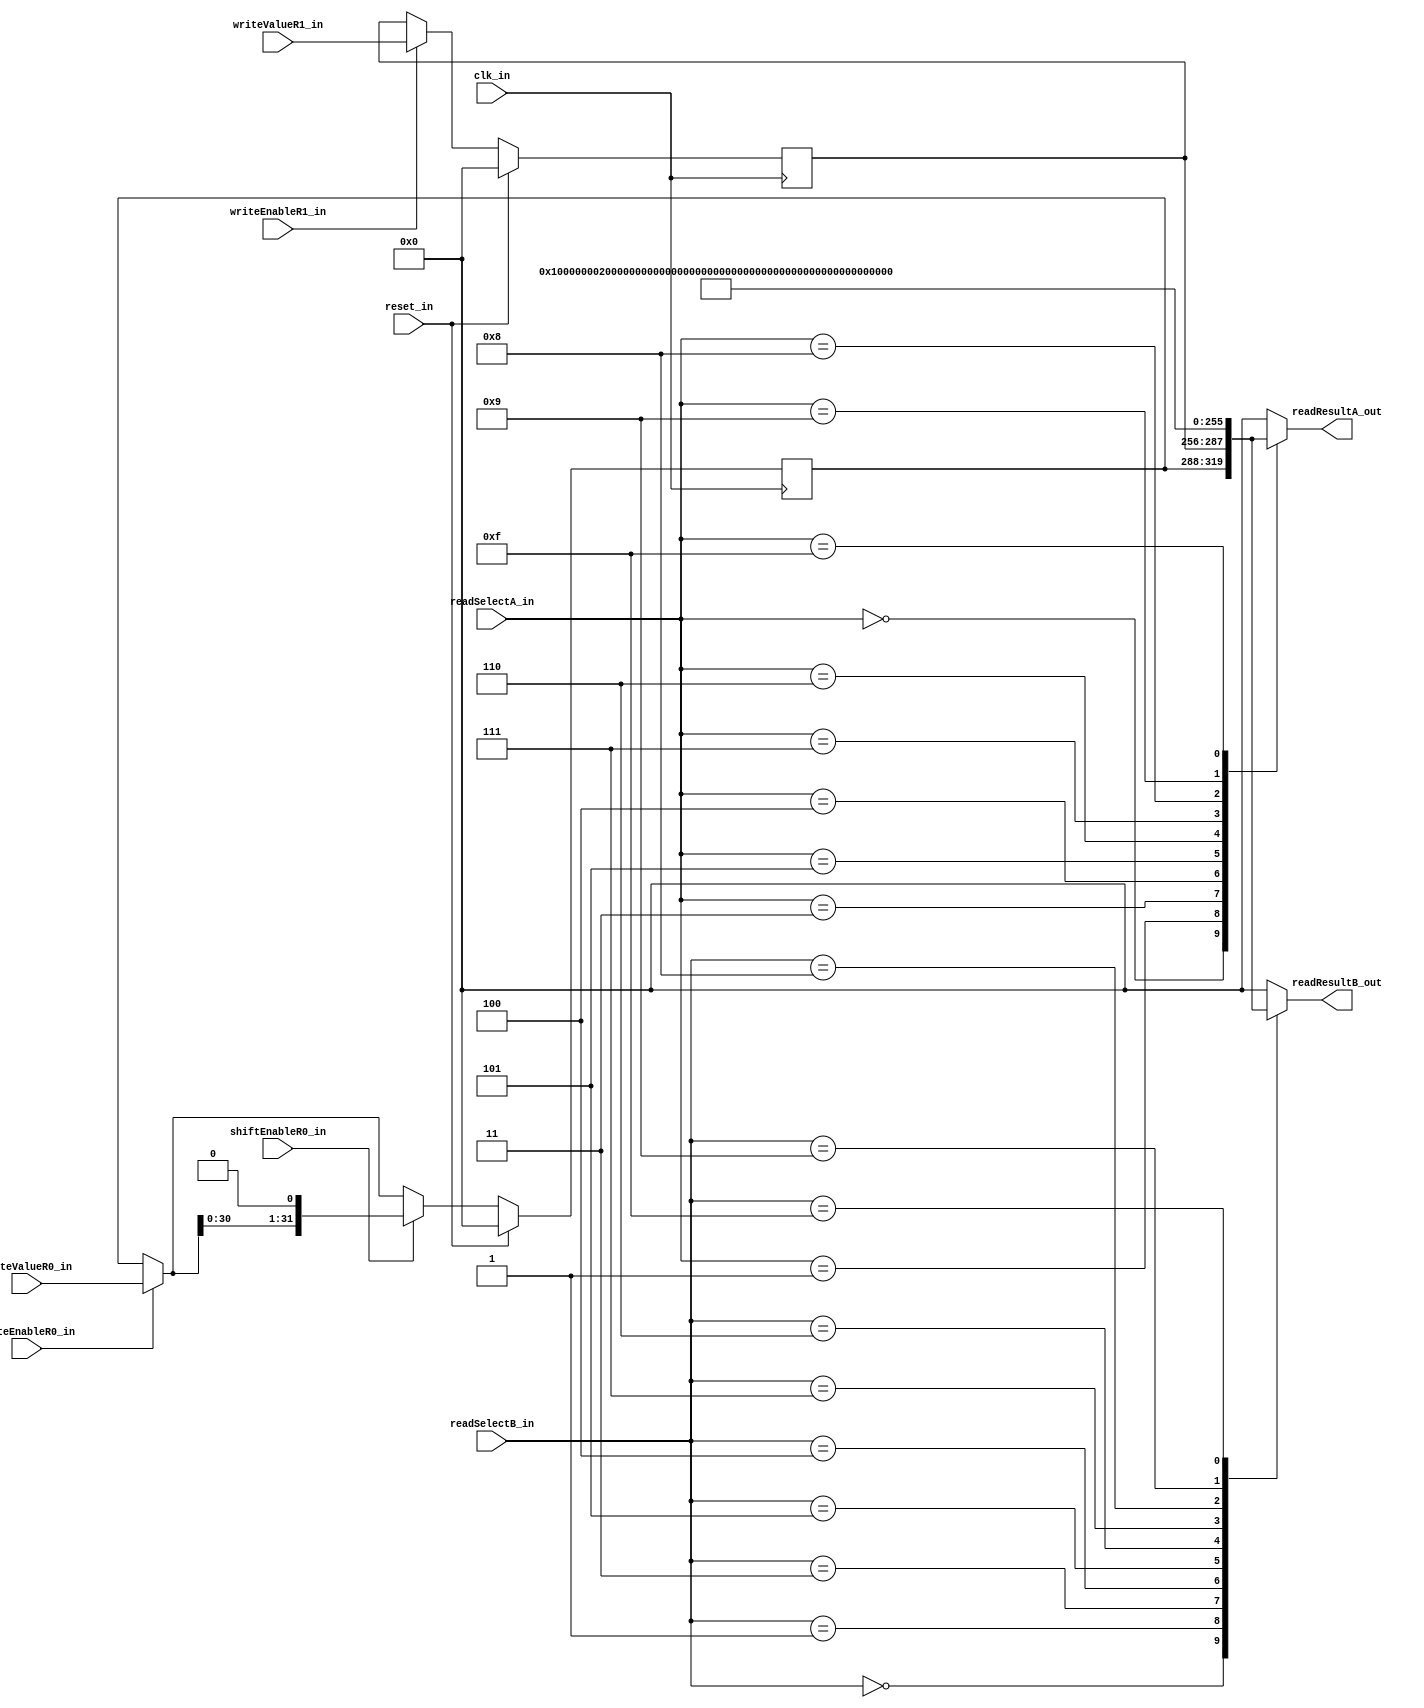
module SigRegisterFile(clk_in, reset_in, writeEnableR0_in, writeEnableR1_in, writeValueR0_in, writeValueR1_in,
						 shiftEnableR0_in, 
						 readSelectA_in, readSelectB_in,  readResultA_out, readResultB_out); 

	//default register width						 	
	parameter REGISTER_WIDTH = 'd32; 
	
	//default constant register contents
	parameter CONST0_VALUE = 32'd0;	 //zero - required for exception handling
	parameter CONST1_VALUE = 32'd1;	 //one - required!
	parameter CONST2_VALUE = 32'd2;	 //two - required!
	parameter CONST3_VALUE = 32'd128;//ULP for rounding - required!
	parameter CONST4_VALUE = 32'd127;//BIAS - required!
	parameter CONST5_VALUE = 32'd5;	 //used for normalization of div/sqrt	
	parameter CONST6_VALUE = 32'd6;	 //used for normalization of div/sqrt
	parameter CONST7_VALUE = 32'h20000000; //significand value corresponding to a NaN result
	parameter CONST8_VALUE = 32'hffffffff; //all ones

//PORTS
	input clk_in, reset_in;
	input writeEnableR0_in, writeEnableR1_in;
	input [REGISTER_WIDTH-1:0] writeValueR0_in, writeValueR1_in;
	input shiftEnableR0_in;
	input [3:0] readSelectA_in, readSelectB_in;
	output reg [REGISTER_WIDTH-1:0] readResultA_out, readResultB_out;

//INTERNAL REGISTERS		  
	//GPR
	reg [REGISTER_WIDTH-1:0] reg0, reg1;	
	
	always @(readSelectA_in, readSelectB_in, reg0, reg1) begin
		case (readSelectA_in)
			4'b0000: readResultA_out = reg0;
			4'b0001: readResultA_out = reg1;
			4'b0010: readResultA_out = CONST0_VALUE;
			4'b0011: readResultA_out = CONST1_VALUE;
			4'b0100: readResultA_out = CONST2_VALUE;
			4'b0101: readResultA_out = CONST3_VALUE;
			4'b0110: readResultA_out = CONST4_VALUE;
			4'b0111: readResultA_out = CONST5_VALUE;
			4'b1000: readResultA_out = CONST6_VALUE; 
			4'b1001: readResultA_out = CONST7_VALUE; 
			4'b1111: readResultA_out = CONST8_VALUE; 
			default: begin
				$display("SRF: Undefined register port");
				readResultA_out = 0;
			end
		endcase
		
		case (readSelectB_in)
			4'b0000: readResultB_out = reg0;
			4'b0001: readResultB_out = reg1;
			4'b0010: readResultB_out = CONST0_VALUE;
			4'b0011: readResultB_out = CONST1_VALUE;
			4'b0100: readResultB_out = CONST2_VALUE;
			4'b0101: readResultB_out = CONST3_VALUE;
			4'b0110: readResultB_out = CONST4_VALUE;
			4'b0111: readResultB_out = CONST5_VALUE;
			4'b1000: readResultB_out = CONST6_VALUE;
			4'b1001: readResultB_out = CONST7_VALUE; 
			4'b1111: readResultB_out = CONST8_VALUE; 
			default: begin
				$display("SRF: Undefined register port");
				readResultB_out = 0;
			end
		endcase
	end
	
	
	always @(posedge clk_in) begin
		if (reset_in == 1'b1) begin // reset registers?
			reg0 = 0;
			reg1 <= 0;			
		end else begin 						   
			//update reg0?
			if (writeEnableR0_in) reg0 = writeValueR0_in;
				
			if (shiftEnableR0_in) reg0 = reg0 << 1;
				
			 //update reg1?
			if (writeEnableR1_in == 1'b1) reg1 <= writeValueR1_in;
		end		
	end

endmodule